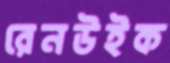
রেনউইক